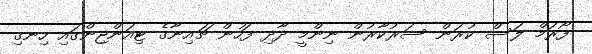
ފޯރަމް ލަސް ކުރަން ސަރުކާރުން ނިންމީ ދާދި ފަހުން ޗައިނާގެ ޓިއަންޖިންގައި ހިނގި